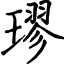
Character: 璆